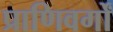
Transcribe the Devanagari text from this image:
प्राणिवर्गों